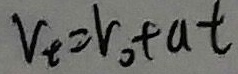
v _ { t } = v _ { 0 } t a t